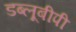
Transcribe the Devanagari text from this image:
डब्लूबीपी